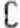
C